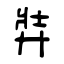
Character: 弉